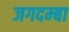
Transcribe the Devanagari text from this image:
जगदम्‍बा